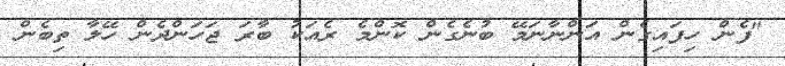
"ފެން ހިފައިގެން އަންނާނަމޭ ބުނެގެން ކޮންމެ ރެއަކު ބާރަ ޖަހަންދެން ހޭލާ ތިބެން